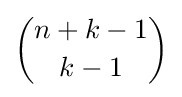
{\binom {n+k-1}{k-1}}